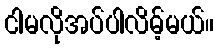
ငါမလိုအပ်ပါလိမ့်မယ်။